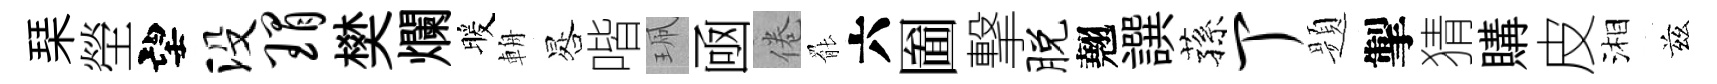
琹塋望没瑁樊爛暖輈晷喈珮凾倦罷六圗撃脱翹譔蓀丁题掣猜購皮湘兹